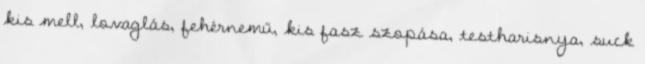
kis mell, lovaglás, fehérnemű, kis fasz szopása, testharisnya, suck